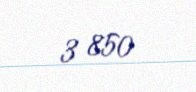
3 850